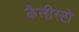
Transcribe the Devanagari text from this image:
कैलीस्टो